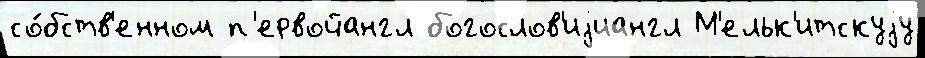
со́бств'енном п'ервойангл богослов'иjиангл М'ельк'итскуjу